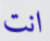
انت